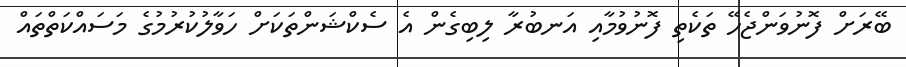
ބޭރަށް ފޮނުވަންޖެހޭ ތަކެތި ފޮނުވުމާއި އަނބުރާ ލިބިގެން އެ ސެކްޝަންތަކަށް ހަވާލުކުރުމުގެ މަސައްކަތްތައް